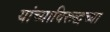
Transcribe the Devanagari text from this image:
यांच्याविरूद्धच्या